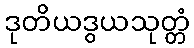
ဒုတိယဒွယသုတ္တံ